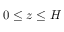
0 \le z \le H